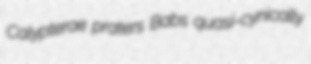
Calypterae praters Babs quasi-cynically